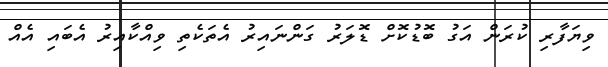
ވިޔަފާރި ކުރަން އަގު ބޮޑުކޮށް ޑޮލަރު ގަންނައިރު އެތަކެތި ވިއްކާއިރު އެބައި އެއް